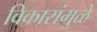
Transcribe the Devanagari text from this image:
विकारांमुळे